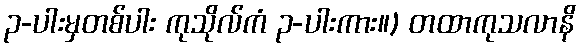
၃-ပါးမှတစ်ပါး ကုသိုလ်ကံ ၃-ပါးကား။) တထာကုသလာနိ